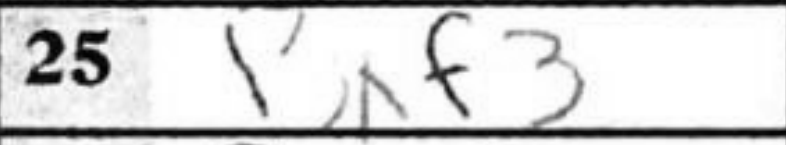
Transcription: Bxf3